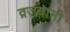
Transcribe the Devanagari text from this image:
व्रजयानी